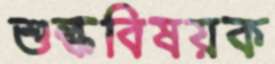
শুল্কবিষয়ক